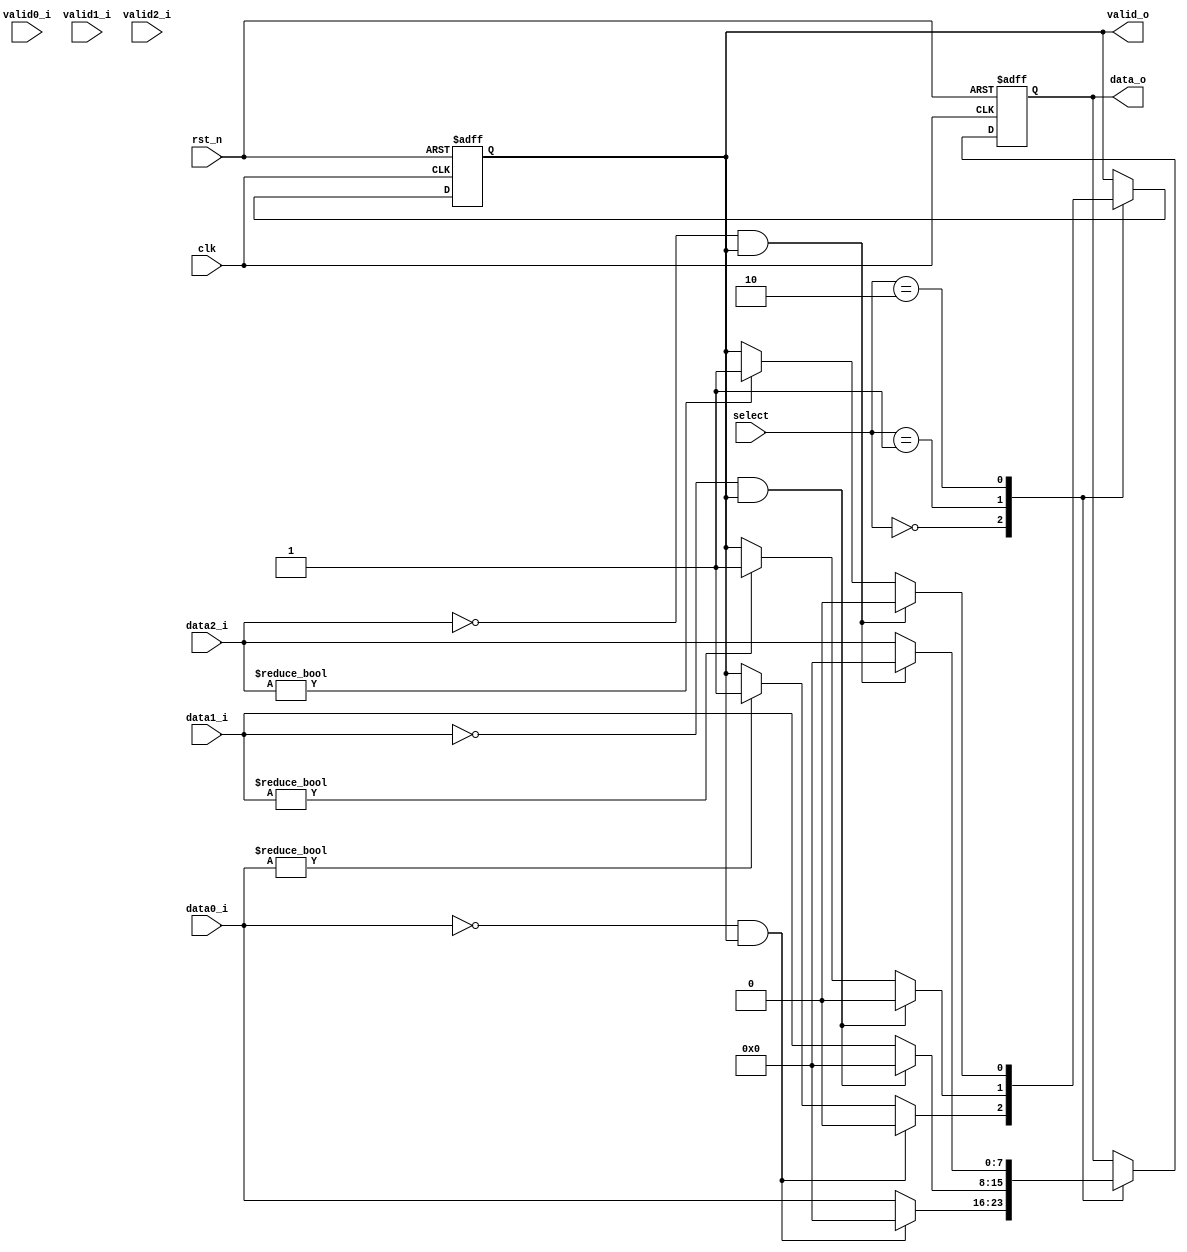
`timescale 1ns / 1ps
//////////////////////////////////////////////////////////////////////////////////
// Company: 
// Engineer: 
// 
// Design Name: 
// Module Name:    mux 
// Project Name: 
// Target Devices: 
// Tool versions: 
// Description: 
//
// Dependencies: 
//
// Revision: 
// Revision 0.01 - File Created
// Additional Comments: 
//
//////////////////////////////////////////////////////////////////////////////////
module mux #(
		parameter D_WIDTH = 8
	)(
		// Clock and reset interface
		input clk,
		input rst_n,
		
		//Select interface
		input[15:0] select,
		
		// Output interface
		output reg[D_WIDTH - 1 : 0] data_o,
		output reg						 valid_o,
				
		//output interfaces
		input [D_WIDTH - 1 : 0] 	data0_i,
		input   							valid0_i,
		
		input [D_WIDTH - 1 : 0] 	data1_i,
		input   							valid1_i,
		
		input [D_WIDTH - 1 : 0] 	data2_i,
		input     						valid2_i
    );
	
	//TODO: Implement MUX logic here

	always @(posedge clk, negedge rst_n) begin
		// initializarea iesirilor
		if(!rst_n) begin
			data_o <= 0;
			valid_o <= 0;

		end
		else begin
			// rutarea intrarilor catre iesire in functie de select
			case(select)
				'h00:begin
					data_o <= data0_i;
					if(data0_i != 'h00)
						valid_o <= 1;
						
					// resetarea semnalelor
					if(data0_i == 'h00 && valid_o) begin 
						valid_o <= 0;
						data_o <= 0;
					end
				end
				'h01:begin
					data_o <= data1_i;
					if(data1_i != 'h00)
						valid_o <= 1;
					
					if(data1_i == 'h00 && valid_o) begin
						valid_o <= 0;
						data_o <= 0;
					end
				end
				'h02:begin
					data_o <= data2_i;
					if(data2_i != 'h00)
						valid_o <= 1;
					
					
					if(data2_i == 'h00 && valid_o) begin
						valid_o <= 0;
						data_o <= 0;
					end
				end
			endcase
			
		end
	end

endmodule